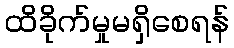
ထိခိုက်မှုမရှိစေရန်